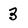
Character: 3